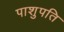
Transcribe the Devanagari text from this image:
पाशुपति